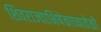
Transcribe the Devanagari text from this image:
शिवराज्याभिषेकाच्यावेळी